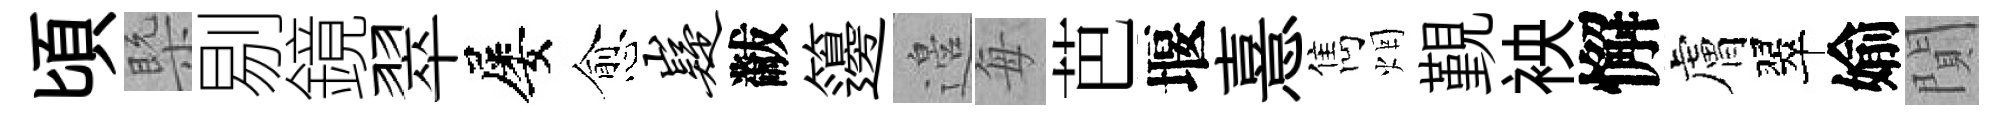
頃槩剔鏡翠屡愈嶷黻籩邉每芭堰憙雋烟覲䘧懈膚翠媮閴